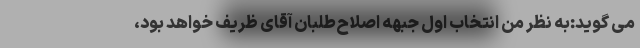
می گوید:به نظر من انتخاب اول جبهه اصلاح‌طلبان آقای ظریف خواهد بود،